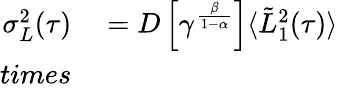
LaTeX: \begin{array}{rl}{\sigma_{L}^{2}(\tau)}&{{}=D\left[\gamma^{\frac{\beta}{1-\alpha}}\right]\langle\tilde{L}_{1}^{2}(\tau)\rangle}\\ {times}\end{array}